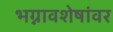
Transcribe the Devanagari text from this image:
भग्नावशेषांवर